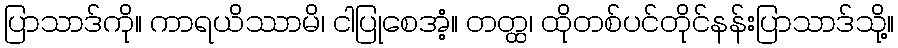
ပြာသာဒ်ကို။ ကာရယိဿာမိ၊ ငါပြုစေအံ့။ တတ္ထ၊ ထိုတစ်ပင်တိုင်နန်းပြာသာဒ်သို့။